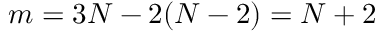
m = 3 N - 2 ( N - 2 ) = N + 2